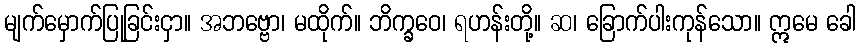
မျက်မှောက်ပြုခြင်းငှာ။ အဘဗ္ဗော၊ မထိုက်။ ဘိက္ခဝေ၊ ရဟန်းတို့။ ဆ၊ ခြောက်ပါးကုန်သော။ ဣမေ ခေါ